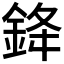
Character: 𨦟